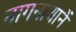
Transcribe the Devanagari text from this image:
नागनाथानें